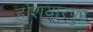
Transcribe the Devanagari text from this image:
होशयारपुर